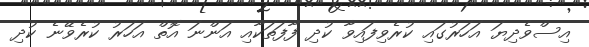
އިސްވެދިޔަ އަހަރުގައި ކުރެވިފައިވާ ކުދި ފާފަތަކާއި އަންނަ އޮތް އަހަރު ކުރެވޭނެ ކުދި